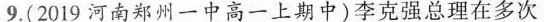
9.(2019河南郑州一中高一上期中)李克强总理在多次